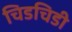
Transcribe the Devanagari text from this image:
चिडचिडी